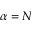
\alpha = N